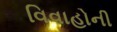
વિવાહોની